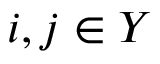
i , j \in Y